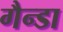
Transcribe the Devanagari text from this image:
गैन्डा